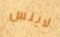
لاينس